Annual returns of the Patna Lunatic Asylum at Bankipore in Bihar and Orissa - 1912-1924
Year: 1912
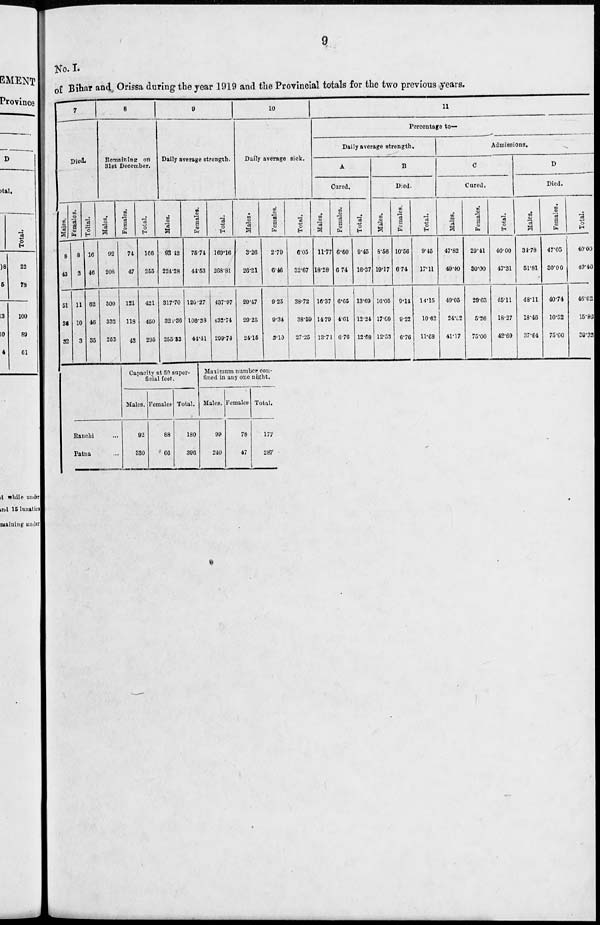
9
No. I.
of Bihar and Orissa during the year 1919 and the Provincial totals for the two previous years.
7
Died.
Males.
8
43
51
36
32
Females.
8
3
11
10
3
Total.
16
46
62
46
35
8
Remaining on
31st December.
Males.
92
208
300
332
252
Females.
74
47
121
118
43
Total.
166
255
421
450
295
9
Daily average strength.
Males.
93.42
224.28
317.70
32.36
255.33
Females.
75.74
44.53
120.27
10838
44.41
Total.
169.16
268.81
437.97
432.74
299.74
10
Daily average sick.
Males.
3.26
26.21
29.47
29.25
24.15
Females.
2.79
6.46
9.25
9.34
3.10
Total.
6.05
32.67
38.72
38.59
27.25
11
Percentage to—
Daily average strength.
A
Cured.
Males.
11.77
18.28
16.37
14.79
13.71
Females.
6.60
6 74
6.65
4.61
6.76
Total.
9.45
16.37
1369
12.24
12.68
B
Died.
Males.
8.56
19.17
16.05
17.09
12.53
Females.
10.56
6.74
9.14
9.22
6.76
Total.
9.46
17.11
14.15
10.62
11.68
Admissions.
C
Cured.
Males.
47.82
49.40
49.05
24.62
41.17
Females.
29.41
30.00
29.63
5.26
75.00
Total.
40.00
47.31
45.11
18.27
42.69
D
Died.
Males.
34.78
51.81
48.11
18.46
37.64
Females.
47.05
30.00
40.74
10.52
75.00
Total.
40.00
49.46
46.62
15.86
39.33
Ranchi ...
Patna ...
Capacity at 50 super-
ficial feet.
Males.
92
330
Females.
88
66
Total.
180
396
Maximum number con-
fined in any one night.
Males.
9P
240
Female.
78
47
Total.
177
287